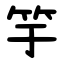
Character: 竽